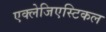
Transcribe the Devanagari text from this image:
एक्लेजिएस्टिकल